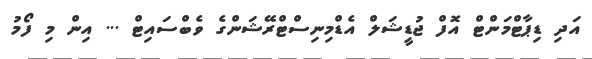
އަދި ޑިޕާޓްމަންޓް އޮފް ޖުޑީޝަލް އެޑްމިނިސްޓްރޭޝަންގެ ވެބްސައިޓް ... އިން މި ފޯމު